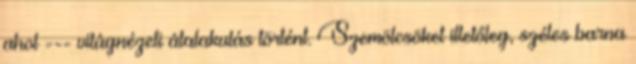
ahol --- világnézeti átalakulás történt. Szemölcsöket illetőleg, széles barna